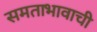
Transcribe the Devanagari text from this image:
समताभावाची